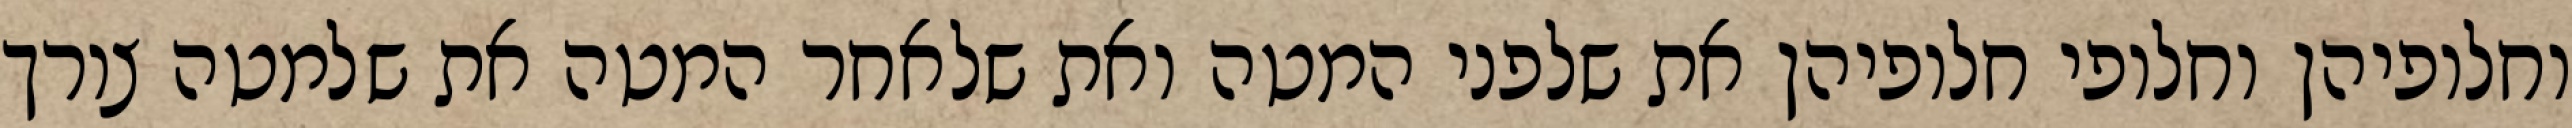
וחלופיהן וחלופי חלופיהן את שלפני המטה ואת שלאחר המטה את שלמטה צורך